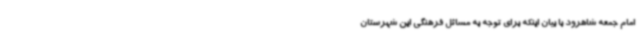
امام جمعه شاهرود با بیان اینکه برای توجه به مسائل فرهنگی این شهرستان